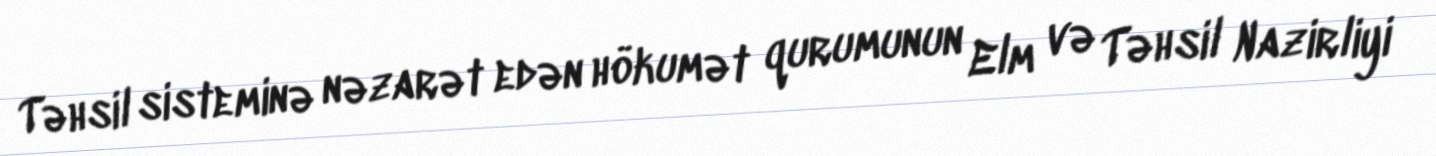
Təhsil sisteminə nəzarət edən hökumət qurumunun Elm və Təhsil Nazirliyi